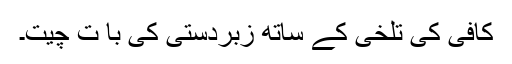
کافی کی تلخی کے ساتھ زبردستی کی با ت چیت۔